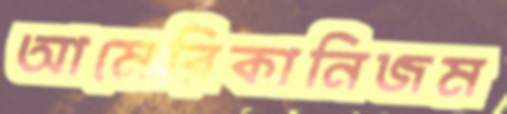
আমেরিকানিজম